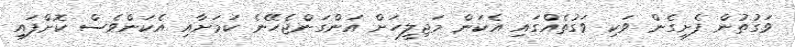
ވަގުތުން ފެށިގެން ވަކި ވަގުތެއްގައި އެކަން މަޖިލީހަށް އަންގަންޖެހޭނެ ކަމަށާއި އެކަންވެސް ކޮށްފައި